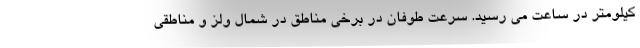
کیلومتر در ساعت می رسید. سرعت طوفان در برخی مناطق در شمال ولز و مناطقی